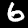
Label: 6